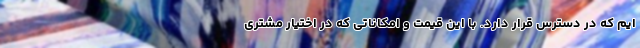
ایم که در دسترس قرار دارد. با این قیمت و امکاناتی که در اختیار مشتری